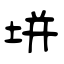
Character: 垪